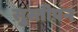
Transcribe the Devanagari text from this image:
सुस्तीपन